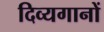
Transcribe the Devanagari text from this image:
दिव्यगानों